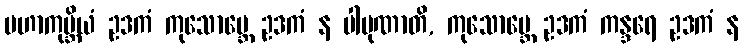
မဟာကုမ္ဘိယံ ဥဒကံ ကုသောဗ္ဘေ ဥဒကံ န ပါပုဏာတိ, ကုသောဗ္ဘေ ဥဒကံ ကန္ဒရေ ဥဒကံ န